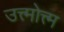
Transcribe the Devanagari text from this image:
उत्त्मोत्त्म